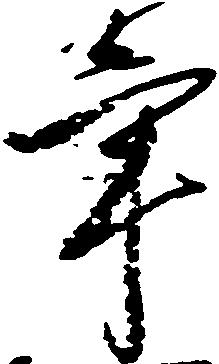
年